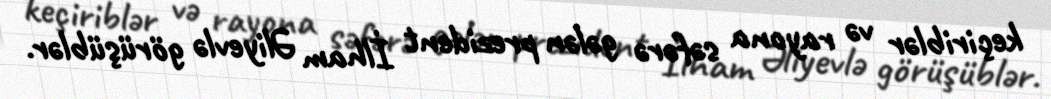
keçiriblər və rayona səfərə gələn prezident İlham Əliyevlə görüşüblər.